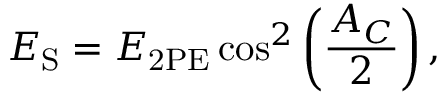
E _ { \mathrm { S } } = E _ { \mathrm { 2 P E } } \cos ^ { 2 } \left( \frac { A _ { C } } { 2 } \right) ,